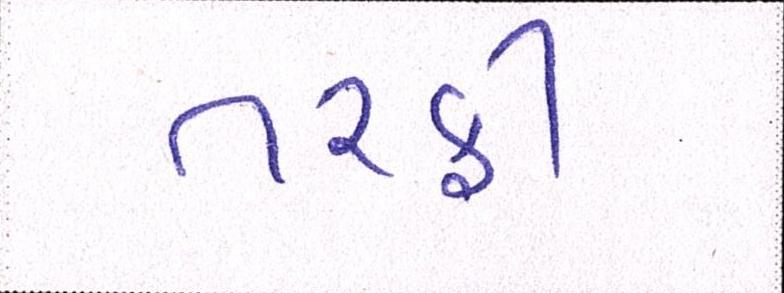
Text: તરફી